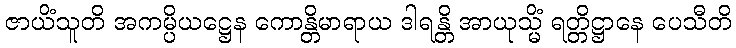
ဇာယိံသူတိ အကမ္ပိယဋ္ဌေန ကောန္တိမာရာယ ဒါရန္တိ အာယုသ္မိံ ရတ္တိဋ္ဌာနေ ပေသီတိ